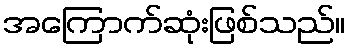
အကြောက်ဆုံးဖြစ်သည်။